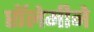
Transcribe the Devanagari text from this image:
प्टॉलेमीने